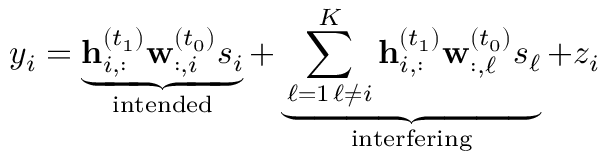
y _ { i } = \underbrace { \mathbf { h } _ { i , : } ^ { ( t _ { 1 } ) } \mathbf { w } _ { : , i } ^ { ( t _ { 0 } ) } s _ { i } } _ { \mathrm { i n t e n d e d } } + \underbrace { \sum _ { \substack { \ell = 1 \, \ell \neq i } } ^ { K } \mathbf { h } _ { i , : } ^ { ( t _ { 1 } ) } \mathbf { w } _ { : , \ell } ^ { ( t _ { 0 } ) } s _ { \ell } } _ { \mathrm { i n t e r f e r i n g } } + z _ { i }